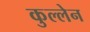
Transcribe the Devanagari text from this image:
कुल्लेन